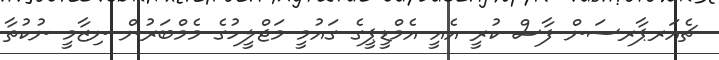
ޗެއަރޕާރސަން ފާސް ކުރީ އެއީ އެމްޑީޕީގެ ގައުމީ މަޖްލީހުގެ މެމްބަރުން ނިޒާމީ ނުކުތާ